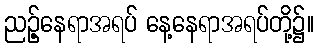
ညဉ့်နေရာအရပ် နေ့နေရာအရပ်တို့၌။